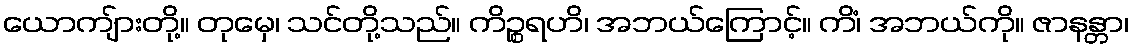
ယောကျ်ားတို့။ တုမှေ၊ သင်တို့သည်။ ကိဉ္စရဟိ၊ အဘယ်ကြောင့်။ ကိံ၊ အဘယ်ကို။ ဇာနန္တာ၊